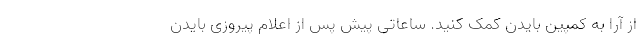
از آرا به کمپین بایدن کمک کنید. ساعاتی پیش پس از اعلام پیروزی بایدن